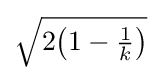
{\textstyle {\sqrt {2{\big (}1-{\frac {1}{k}}{\big )}}}}